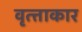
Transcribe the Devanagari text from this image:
वृत्त्ताकार